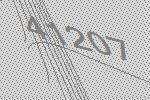
41207